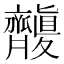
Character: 𪗑